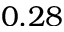
0 . 2 8